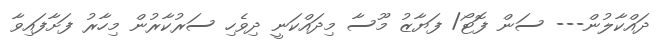
ދައްކާލުން--- ސަން ފޮޓޯ/ ފަޔާޒު މޫސާ މިދައްކަނީ ދިވެހި ސަރުކާރުން މިހާރު ފަށާފައިވާ